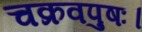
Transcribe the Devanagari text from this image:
चक्रवपुषः।